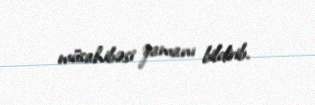
müsahibəsi zamanı bildirib.